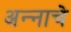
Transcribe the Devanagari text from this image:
अन्‍नाचे